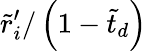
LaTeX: \tilde{r}_{i}^{\prime}/\left(1-\tilde{t}_{d}\right)